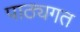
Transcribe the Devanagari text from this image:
पाठ्यगत